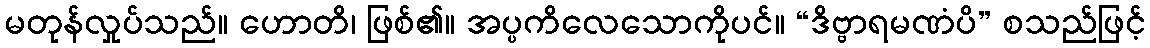
မတုန်လှုပ်သည်။ ဟောတိ၊ ဖြစ်၏။ အပ္ပကိလေသောကိုပင်။ “ဒိဗ္ဗာရမဏံပိ” စသည်ဖြင့်